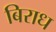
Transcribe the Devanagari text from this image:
बिराध